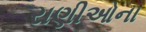
રાણીઓના